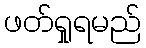
ဖတ်ရှုရမည်